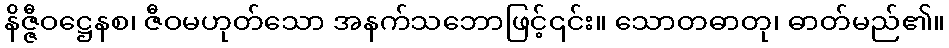
နိဇ္ဇီဝဋ္ဌေနစ၊ ဇီဝမဟုတ်သော အနက်သဘောဖြင့်၎င်း။ သောတဓာတု၊ ဓာတ်မည်၏။